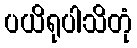
ပယိရုပါသိတုံ